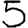
Digit: 5